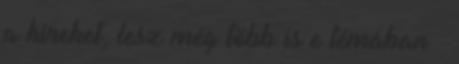
a híreket, lesz még több is e témában –